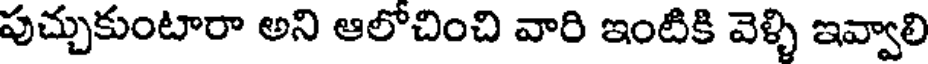
పుచ్చుకుంటారా అని ఆలోచించి వారి ఇంటికి వెళ్ళి ఇవ్వాలి